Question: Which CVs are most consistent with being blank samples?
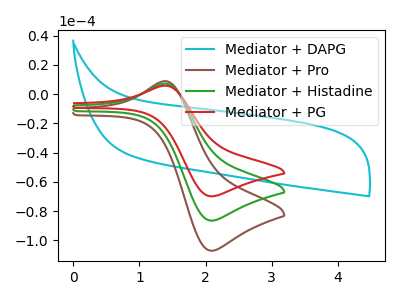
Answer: <think>The cyan curve "Mediator + DAPG" has no peaks. The brown curve "Mediator + Pro" has an anodic peak at (1.40V, 14.25uA) and a cathodic peak at (2.10V, -173.05uA). The green curve "Mediator + Histadine" has an anodic peak at (1.40V, 7.15uA) and a cathodic peak at (2.10V, -86.50uA). The red curve "Mediator + PG" has an anodic peak at (1.40V, 5.75uA) and a cathodic peak at (2.10V, -69.90uA).</think>
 <answer>"Mediator + DAPG" is likely to be a blank.</answer>
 <eval>Mediator + DAPG</eval>